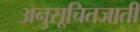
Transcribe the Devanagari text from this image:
अनुसूचितजाती